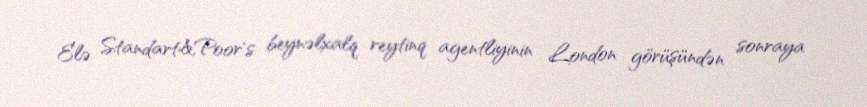
Elə Standart&Poor’s beynəlxalq reytinq agentliyinin London görüşündən sonraya